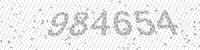
Solution: 984654